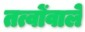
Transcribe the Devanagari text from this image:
तत्वोंवाले